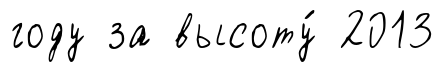
году за высоту́ 2013